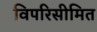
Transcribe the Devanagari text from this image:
विपरिसीमित